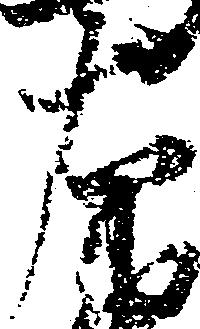
右